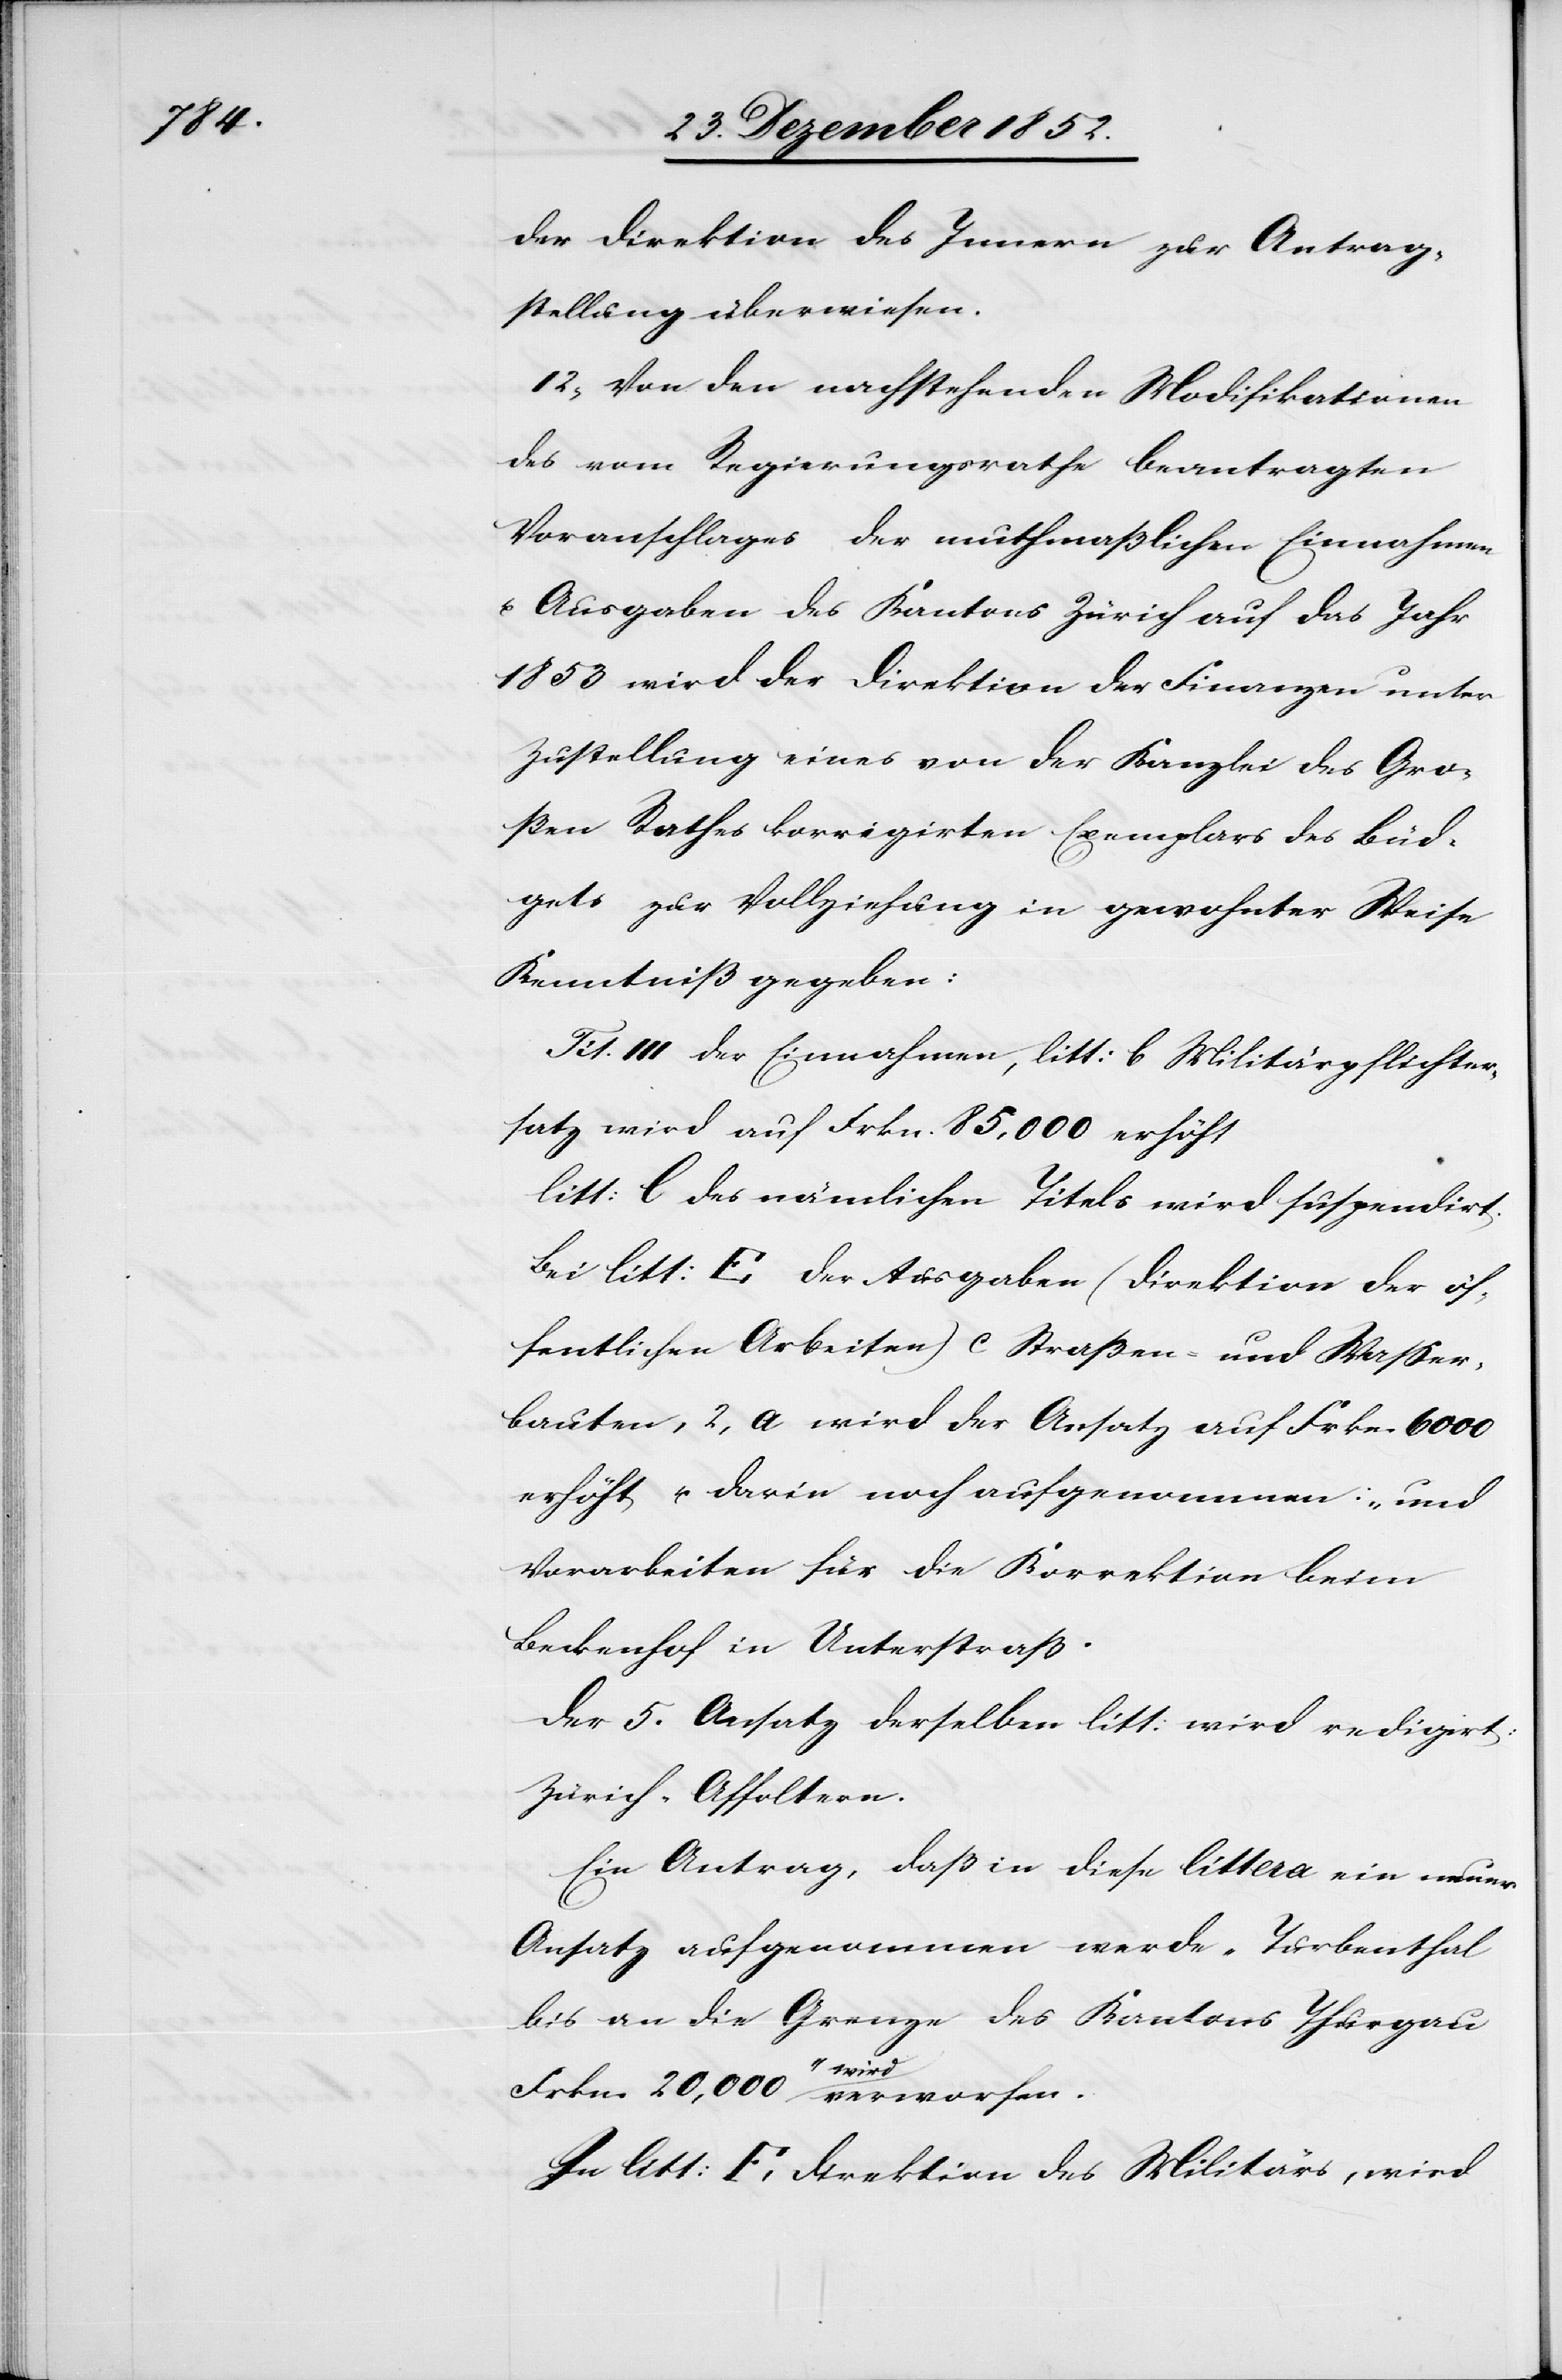
der Direktion des Innern zur Antrag¬
stellung überwiesen.
12, Von den nachstehenden Modifikationen
des vom Regierungsrathe beantragten
Voranschlages der muthmaßlichen Einnahmen
u. Ausgaben des Kantons Zürich auf das Jahr
1853 wird der Direktion der Finanzen unter
Zustellung eines von der Kanzlei des Gro¬
ßen Rathes korrigirten Exemplars des Büd¬
gets zur Vollziehung in gewohnter Weise
Kenntniß gegeben:
Tit. III der Einnahmen, litt: b Militärpflichter¬
satz wird auf Frkn. 85,000 erhöht
litt: [?l] des nämlichen Titels wird suspendirt.
Bei litt: E der Ausgaben (Direktion der öf¬
fentlichen Arbeiten) c Straßen- und Wasser¬
bauten, 2, a wird der Ansatz auf Frkn. 6000
erhöht u. darin noch aufgenommen: „und
Vorarbeiten für die Korrektion beim
Beckenhof in Unterstraß[“]
Der 5. Ansatz derselben litt: wird redigirt:
Zürich-Affoltern.
Ein Antrag, daß in diese littera ein neuer
Ansatz aufgenommen werde „Turbenthal
bis an die Grenze des Kantons Thurgau
Frkn. 20,000“ wird verworfen.
In litt: F, Direktion des Militärs, wird